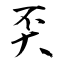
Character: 奀